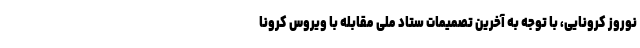
نوروز کرونایی، با توجه به آخرین تصمیمات ستاد ملی مقابله با ویروس کرونا